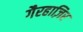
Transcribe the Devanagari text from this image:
गैरहाज़िर